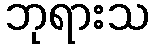
ဘုရားသ